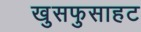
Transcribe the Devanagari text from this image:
खुसफुसाहट